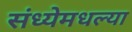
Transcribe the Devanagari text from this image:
संध्येमधल्या